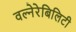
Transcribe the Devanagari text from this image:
वल्नेरेबिलिटी